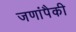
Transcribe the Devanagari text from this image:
जणांपैकी